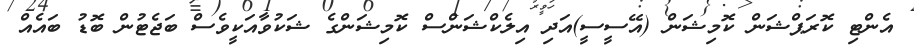
އެންޓި ކޮރަޕްޝަން ކޮމިޝަން (އޭސީސީ)އަދި އިލެކްޝަންސް ކޮމިޝަންގެ ޝަކުވާއަކީވެސް ބަޖެޓުން ބޮޑު ބައެއް